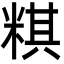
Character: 粸